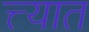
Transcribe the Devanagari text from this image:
त्त्यात